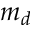
m _ { d }